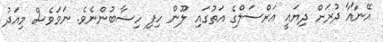
އޭނާއާ ދުރަށް ދިޔައީ އަރްސަލްގެ އަތުގައި ލޫން ހިފި ހިސާބުންނެވެ. ނަމަވެސް މިއަދު